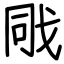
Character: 戙